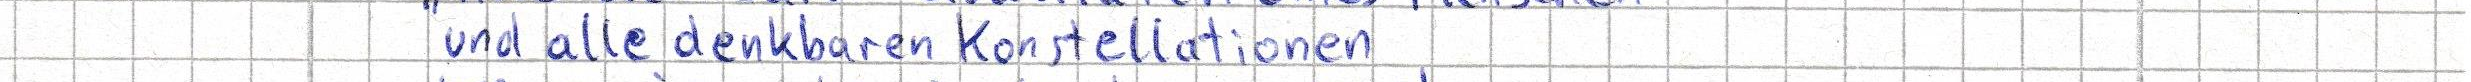
und alle denkbaren Konstellationen